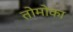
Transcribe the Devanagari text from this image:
तोमोका